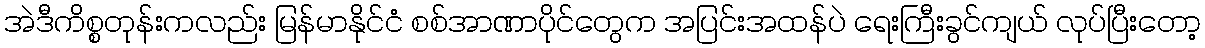
အဲဒီကိစ္စတုန်းကလည်း မြန်မာနိုင်ငံ စစ်အာဏာပိုင်တွေက အပြင်းအထန်ပဲ ရေးကြီးခွင်ကျယ် လုပ်ပြီးတော့